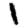
Digit: 1